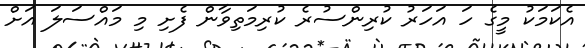
އެކަމަކު މީގެ ހަ އަހަރު ކުރިންސުރެ ކުރިމަތިވާން ފެށި މި މައްސަލަ އަށް